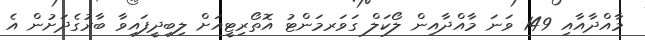
މާއްދާއާއި 149 ވަނަ މާއްދާއިން ލޯކަލް ގަވަރމަންޓު އޮތޯރިޓީއަށް ލިބިދީފައިވާ ބާރުގެދަށުން އެ